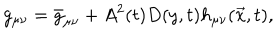
g _ { \mu \nu } = \bar { g } _ { \mu \nu } + A ^ { 2 } ( t ) D ( y , t ) h _ { \mu \nu } ( \vec { x } , t ) ,